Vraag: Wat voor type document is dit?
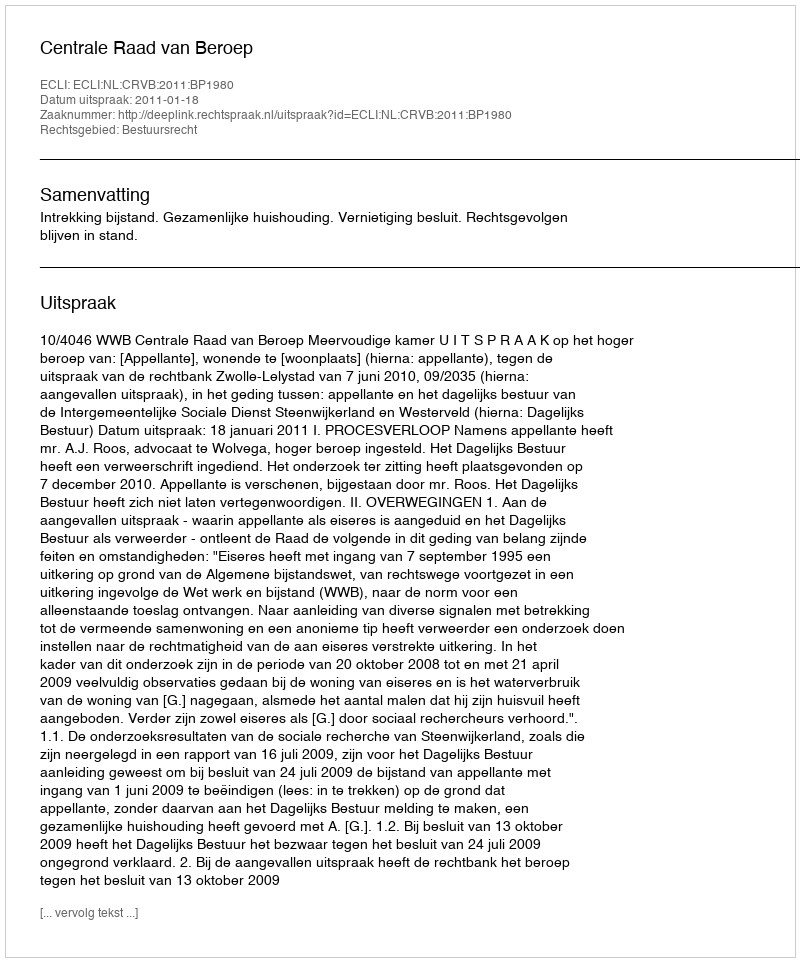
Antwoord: Uitspraak